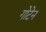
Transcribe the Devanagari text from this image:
गोटेन